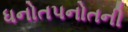
ધનોતપનોતની